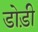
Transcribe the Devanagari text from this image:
डोड़ी